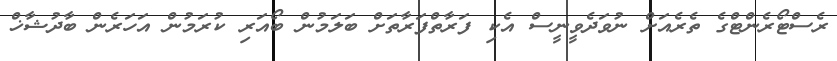
ރެސްޓޯރެންޓްގެ ތެރެއަށް ނުވަދެވީނީސް އެކި ފަރާތްފަރާތަށް ބަލަމުން ބޯއަރި ކުރަމުން އަހަރެން ބާދުޝާޚް